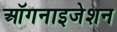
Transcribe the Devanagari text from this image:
ऑगनाइजेशन